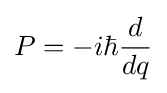
P=-i\hbar {\frac {d}{dq}}